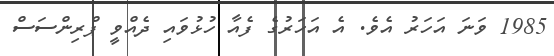
1985 ވަނަ އަހަރު އެވެ. އެ އަހަރުގެ ފެއާ ހުޅުވައި ދެއްވީ ޕްރިންސަސް